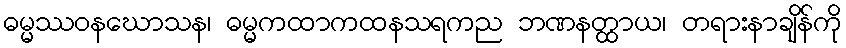
ဓမ္မဿဝနဃောသန၊ ဓမ္မကထာကထနသရကည ဘဏနတ္ထာယ၊ တရားနာချိန်ကို